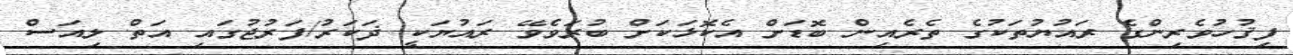
ފިޤުހުވެރިންގެ ރައުޔުތަކުގެ ތެރެއިން ބޮޑަށް އެކޮޅަކަށް ބުރަވެވޭ ރައުޔަކީ ޛަކަރު/ފަރުޖުގައި އަތް ލިއަސް